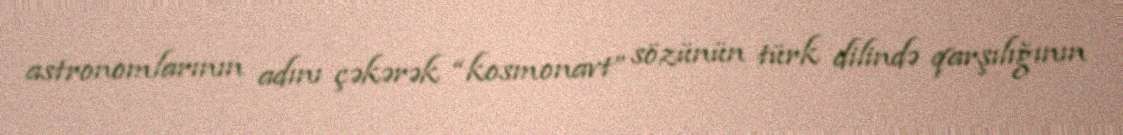
astronomlarının adını çəkərək “kosmonavt” sözünün türk dilində qarşılığının